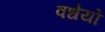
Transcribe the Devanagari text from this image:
वधेयो